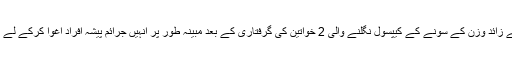
واقعہ کچھ اس طرح ہے کہ ایک کلو سے زائد وزن کے سونے کے کیپسول نگلنے والی 2 خواتین کی گرفتاری کے بعد مبینہ طور پر انہیں جرائم پیشہ افراد اغوا کرکے لے گئے اور ان کے پیٹ سے سونا نکال لیا۔